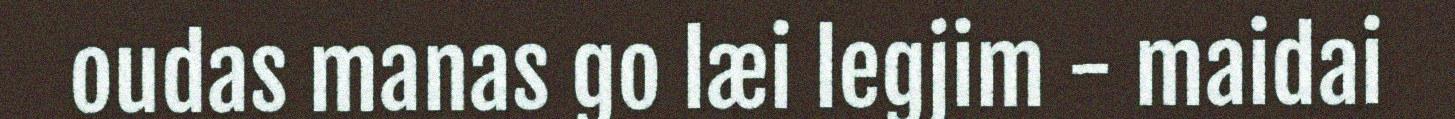
oudas manas go læi legjim - maidai